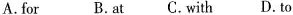
A.for B.at C.with D. to